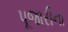
પૂજારીના